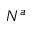
N ^ { a }